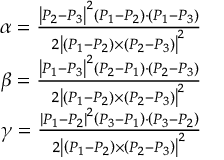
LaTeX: \begin{array} { r } { \alpha = { \frac { \left| P _ { 2 } - P _ { 3 } \right| ^ { 2 } \left( P _ { 1 } - P _ { 2 } \right) \cdot \left( P _ { 1 } - P _ { 3 } \right) } { 2 \left| \left( P _ { 1 } - P _ { 2 } \right) \times \left( P _ { 2 } - P _ { 3 } \right) \right| ^ { 2 } } } } \\ { \beta = { \frac { \left| P _ { 1 } - P _ { 3 } \right| ^ { 2 } \left( P _ { 2 } - P _ { 1 } \right) \cdot \left( P _ { 2 } - P _ { 3 } \right) } { 2 \left| \left( P _ { 1 } - P _ { 2 } \right) \times \left( P _ { 2 } - P _ { 3 } \right) \right| ^ { 2 } } } } \\ { \gamma = { \frac { \left| P _ { 1 } - P _ { 2 } \right| ^ { 2 } \left( P _ { 3 } - P _ { 1 } \right) \cdot \left( P _ { 3 } - P _ { 2 } \right) } { 2 \left| \left( P _ { 1 } - P _ { 2 } \right) \times \left( P _ { 2 } - P _ { 3 } \right) \right| ^ { 2 } } } } \end{array}